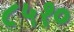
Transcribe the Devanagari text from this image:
८५१०